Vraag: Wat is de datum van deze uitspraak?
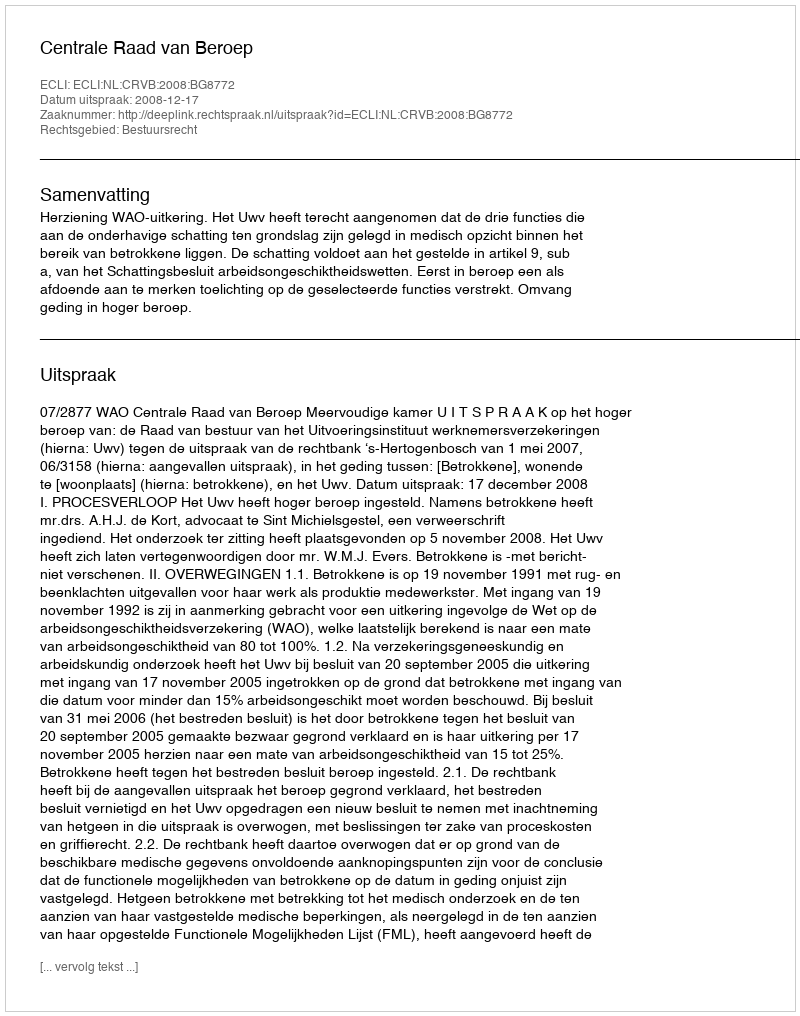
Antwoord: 2008-12-17